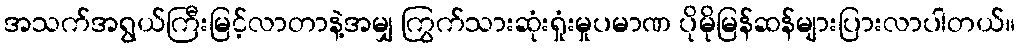
အသက်အရွယ်ကြီးမြင့်လာတာနဲ့အမျှ ကြွက်သားဆုံးရှုံးမှုပမာဏ ပိုမိုမြန်ဆန်များပြားလာပါတယ်။